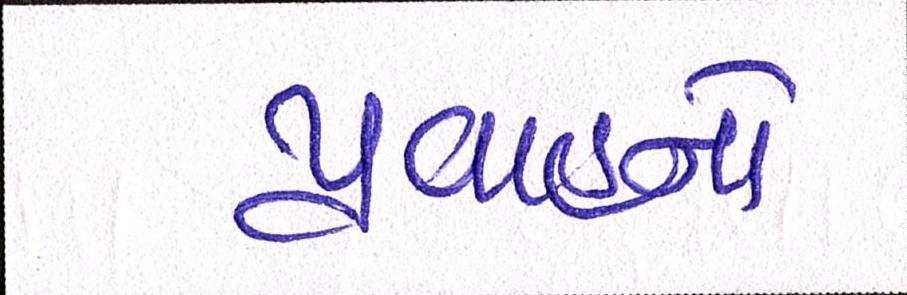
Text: પ્રવાહનો